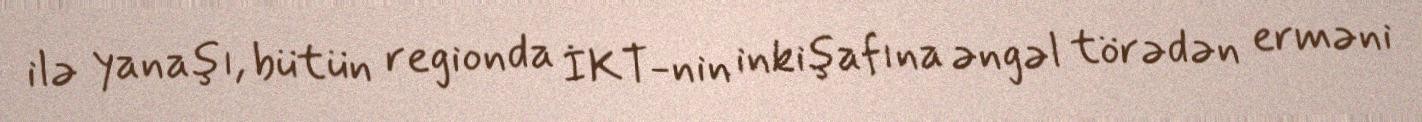
ilə yanaşı, bütün regionda İKT-nin inkişafına əngəl törədən erməni